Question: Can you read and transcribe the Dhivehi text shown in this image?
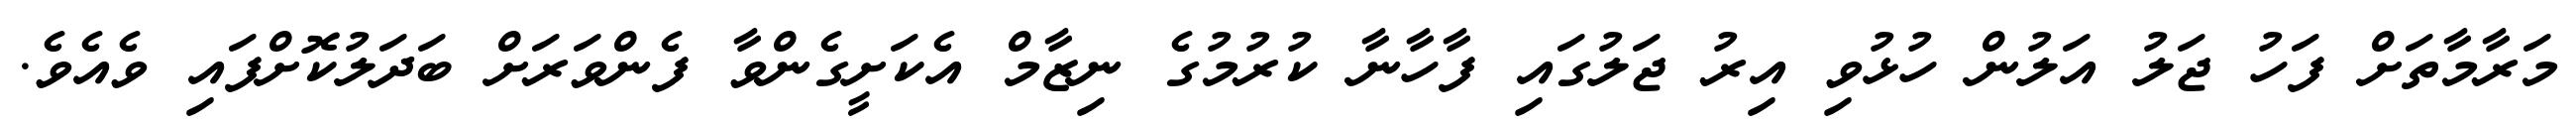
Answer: މަރާމާތަށް ފަހު ޖަލު އަލުން ހުޅުވި އިރު ޖަލުގައި ފާހާނާ ކުރުމުގެ ނިޒާމް އެކަށީގެންވާ ފެންވަރަށް ބަދަލުކޮށްފައި ވެއެވެ.